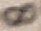
Text: 8